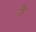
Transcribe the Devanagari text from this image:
मेंॱ